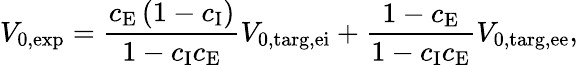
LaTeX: V_{\mathrm{0,exp}}=\frac{c_{\mathrm{E}}\left(1-c_{\mathrm{I}}\right)}{1-c_{\mathrm{I}}c_{\mathrm{E}}}V_{\mathrm{0,targ,ei}}+\frac{1-c_{\mathrm{E}}}{1-c_{\mathrm{I}}c_{\mathrm{E}}}V_{\mathrm{0,targ,ee}},